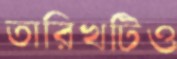
তারিখটিও